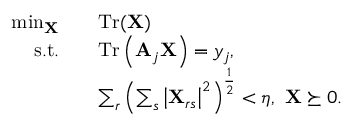
\begin{array} { r l } { \operatorname* { m i n } _ { \mathbf { X } } \quad } & { \operatorname { T r } ( \mathbf { X } ) } \\ { \mathrm { s . t . } \quad } & { \operatorname { T r } \left( \mathbf { A } _ { j } \mathbf { X } \right) = y _ { j } , } \\ & { \sum _ { r } \left( \sum _ { s } \left| \mathbf { X } _ { r s } \right| ^ { 2 } \right) ^ { \frac { 1 } { 2 } } < \eta , ~ \mathbf { X } \succeq 0 . } \end{array}